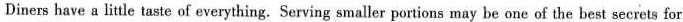
Diners have a little taste of everything.Serving smaller portions may be one of the best secrets for